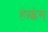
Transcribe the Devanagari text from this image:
हेय्न्च्केस्